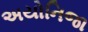
અયોનિજા